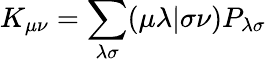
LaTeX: K_{\mu\nu}=\sum_{\lambda\sigma}(\mu\lambda|\sigma\nu)P_{\lambda\sigma}